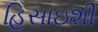
હિસાઇશી